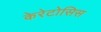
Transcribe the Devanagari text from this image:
केरेटोसिस